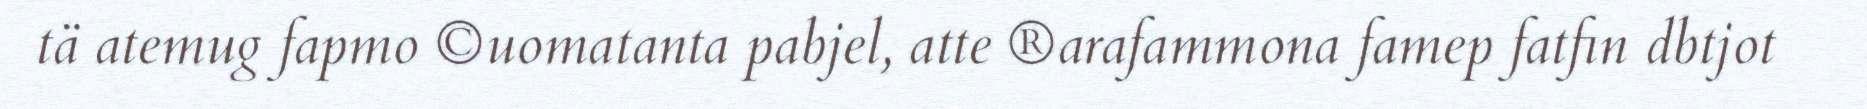
tä atemug fapmo ©uomatanta pabjel, atte ®arafammona famep fatfin dbtjot